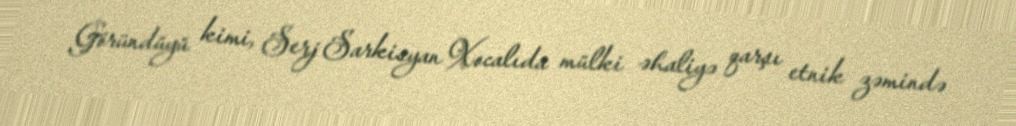
Göründüyü kimi, Serj Sarkisyan Xocalıda mülki əhaliyə qarşı etnik zəmində